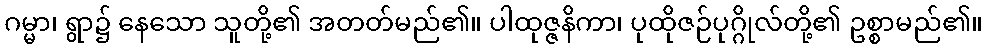
ဂမ္မာ၊ ရွာ၌ နေသော သူတို့၏ အတတ်မည်၏။ ပါထုဇ္ဇနိကာ၊ ပုထိုဇဉ်ပုဂ္ဂိုလ်တို့၏ ဥစ္စာမည်၏။